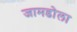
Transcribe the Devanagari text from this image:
जामडोला